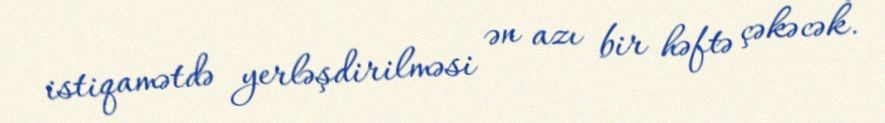
istiqamətdə yerləşdirilməsi ən azı bir həftə çəkəcək.